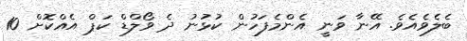
ބެލެވެއެވެ. އޭނާ ވަނީ އެންމެފަހުން ކުޅުނު ދެ ވޯލްޑް ކަޕް އެއްކޮށް 10